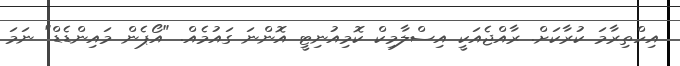
އިހްތިރާމަ ކުރާކަށް. ރާއްޖެއަކީ އިސްލާމިކް ކޮމިއުނިޓީ އޮންނަ ގަައުމެއް. "އޯޕެން މައިންޑެޑް" ނަމަ